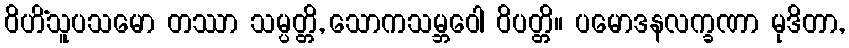
ဝိဟိံသူပသမော တဿာ သမ္ပတ္တိ, သောကသမ္ဘဝေါ ဝိပတ္တိ။ ပမောဒနလက္ခဏာ မုဒိတာ,